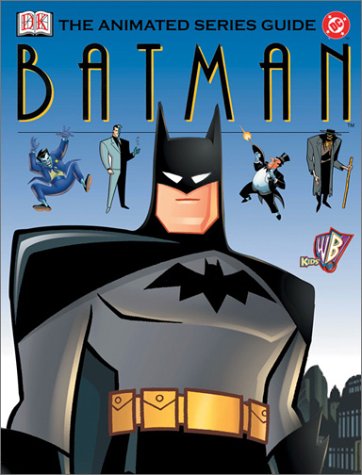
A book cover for Batman: The Animated Series Guide; Scott Beatty; Children's Books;